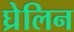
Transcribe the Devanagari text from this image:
घ्रेलिन